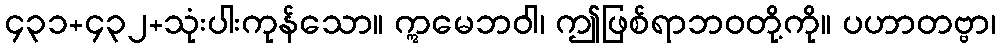
၄၃၁+၄၃၂+သုံးပါးကုန်သော။ ဣမေဘဝါ၊ ဤဖြစ်ရာဘဝတို့ကို။ ပဟာတဗ္ဗာ၊